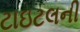
ટાઇટલની